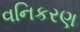
વનિકરણ